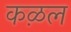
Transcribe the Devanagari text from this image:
कऴल